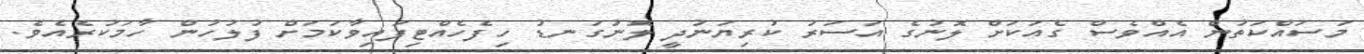
މަސައްކަތުން އެއްވެސް ގެއަކަށް ލޮނުގެ އަސަރު ކުރިޔަނުދީ ލޮނުގަނޑު ހިފެހެއްޓިފައިވާކަމަށް ފުލުހުން ހާމަކުރެއެވެ.